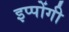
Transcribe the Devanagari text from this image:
इप्पोंगी